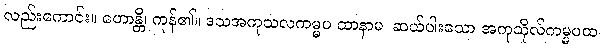
လည်းကောင်း။ ဟောန္တိ၊ ကုန်၏။ ဒသအကုသလကမ္မပ ထာနာမ၊ ဆယ်ပါးသော အကုသိုလ်ကမ္မပထ